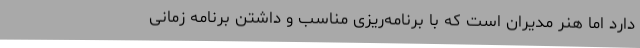
دارد اما هنر مدیران است که با برنامه‌ریزی مناسب و داشتن برنامه زمانی